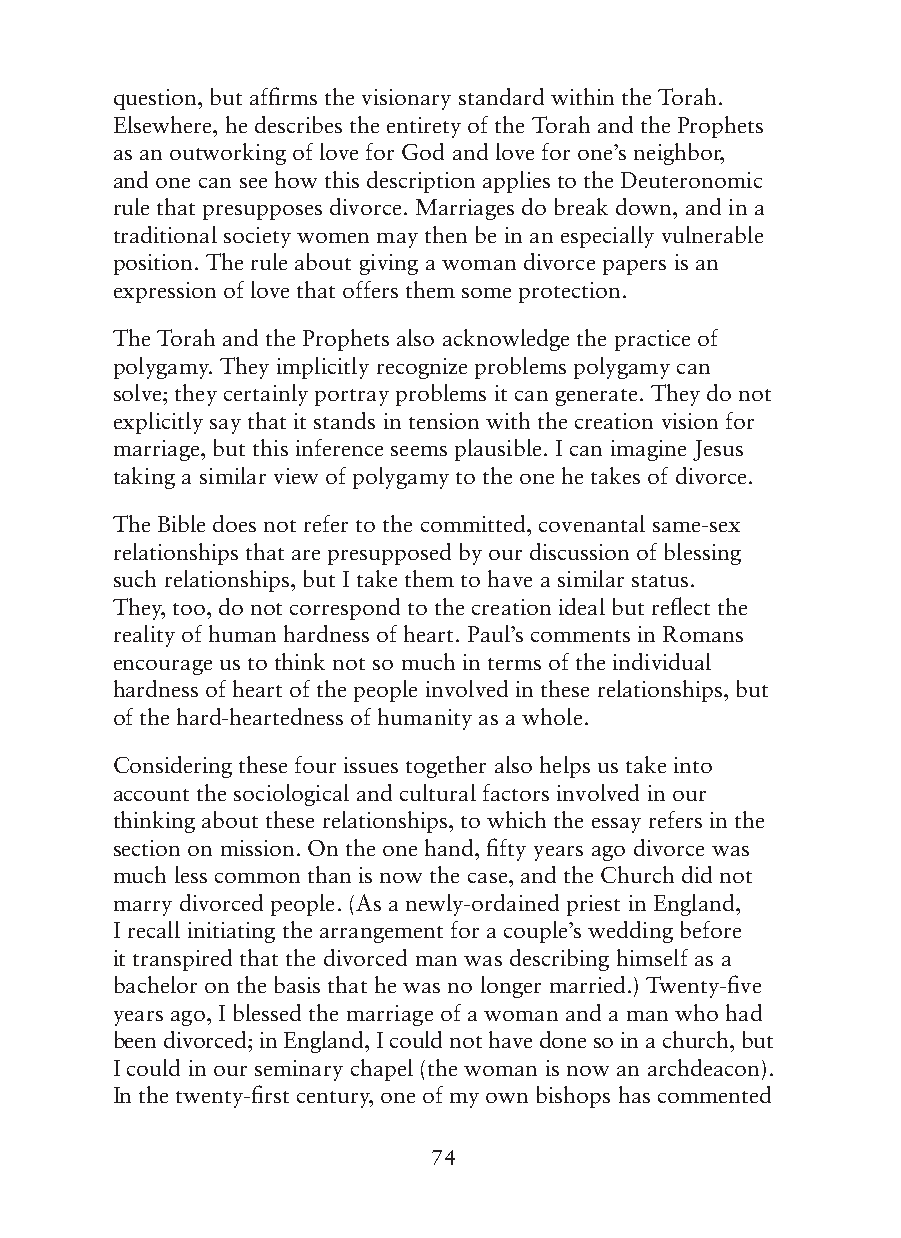
question, but affirms the visionary standard within the Torah.
 Elsewhere, he describes the entirety of the Torah and the Prophets
 as an outworking of love for God and love for one’s neighbor,
 and one can see how this description applies to the Deuteronomic
 rule that presupposes divorce. Marriages do break down, and in a
 traditional society women may then be in an especially vulnerable
 position. The rule about giving a woman divorce papers is an
 expression of love that offers them some protection.
 The Torah and the Prophets also acknowledge the practice of
 polygamy. They implicitly recognize problems polygamy can
 solve; they certainly portray problems it can generate. They do not
 explicitly say that it stands in tension with the creation vision for
 marriage, but this inference seems plausible. I can imagine Jesus
 taking a similar view of polygamy to the one he takes of divorce.
 The Bible does not refer to the committed, covenantal same-sex
 relationships that are presupposed by our discussion of blessing
 such relationships, but I take them to have a similar status.
 They, too, do not correspond to the creation ideal but reflect the
 reality of human hardness of heart. Paul’s comments in Romans
 encourage us to think not so much in terms of the individual
 hardness of heart of the people involved in these relationships, but
 of the hard-heartedness of humanity as a whole.
 Considering these four issues together also helps us take into
 account the sociological and cultural factors involved in our
 thinking about these relationships, to which the essay refers in the
 section on mission. On the one hand, fifty years ago divorce was
 much less common than is now the case, and the Church did not
 marry divorced people. (As a newly-ordained priest in England,
 I recall initiating the arrangement for a couple’s wedding before
 it transpired that the divorced man was describing himself as a
 bachelor on the basis that he was no longer married.) Twenty-five
 years ago, I blessed the marriage of a woman and a man who had
 been divorced; in England, I could not have done so in a church, but
 I could in our seminary chapel (the woman is now an archdeacon).
 In the twenty-first century, one of my own bishops has commented
 74